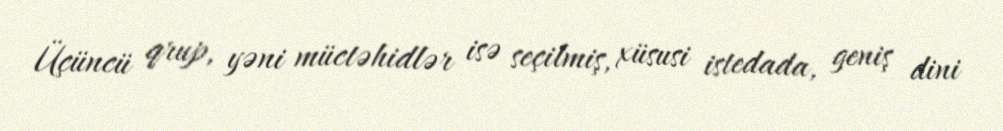
Üçüncü qrup, yəni müctəhidlər isə seçilmiş, xüsusi istedada, geniş dini